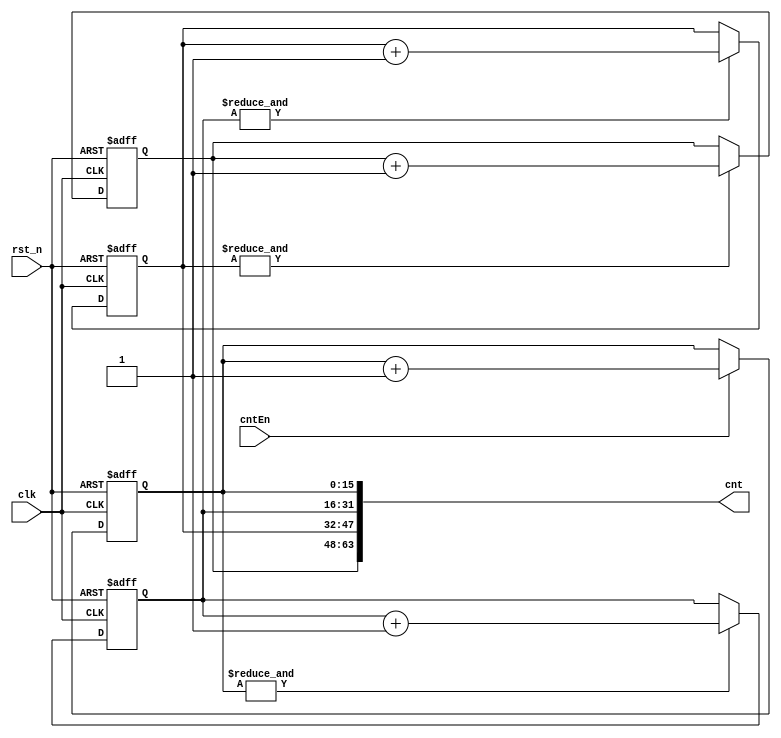
module Counter(
    input       clk,
    input       rst_n,
    input       cntEn,
    output  [63:0]  cnt
);

reg     [15:0]      cnt1;
reg     [15:0]      cnt2;
reg     [15:0]      cnt3;
reg     [15:0]      cnt4;

always @(posedge clk or negedge rst_n) begin
    if(!rst_n)
        cnt1 <= 'd0;
    else if(cntEn)
        cnt1 <= cnt1 + 1'b1;
    else
        cnt1 <= cnt1;
end

always @(posedge clk or negedge rst_n) begin
    if(!rst_n)
        cnt2 <= 'd0;
    else if(&cnt1)
        cnt2 <= cnt2 + 1'b1;
    else
        cnt2 <= cnt2;
end

always @(posedge clk or negedge rst_n) begin
    if(!rst_n)
        cnt3 <= 'd0;
    else if(&cnt2)
        cnt3 <= cnt3 + 1'b1;
    else
        cnt3 <= cnt3;
end

always @(posedge clk or negedge rst_n) begin
    if(!rst_n)
        cnt4 <= 'd0;
    else if(&cnt3)
        cnt4 <= cnt4 + 1'b1;
    else
        cnt4 <= cnt4;
end

assign cnt = {cnt4,cnt3,cnt2,cnt1};

endmodule